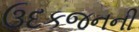
ઉદકજનની